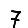
Digit: 7